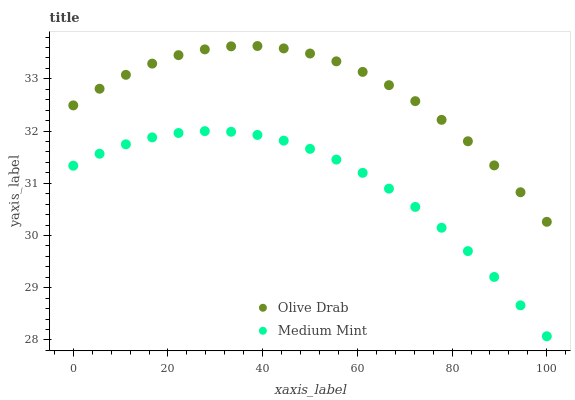
| xaxis_label | Olive Drab | Medium Mint |
 | --- | --- | --- |
 | 0 | 32.5 | 31.3 |
 | 5.56 | 32.8 | 31.6 |
 | 11.1 | 33.1 | 31.7 |
 | 16.7 | 33.3 | 31.9 |
 | 22.2 | 33.5 | 32 |
 | 27.8 | 33.6 | 32 |
 | 33.3 | 33.6 | 32 |
 | 38.9 | 33.6 | 31.9 |
 | 44.4 | 33.6 | 31.8 |
 | 50 | 33.5 | 31.7 |
 | 55.6 | 33.3 | 31.5 |
 | 61.1 | 33.1 | 31.2 |
 | 66.7 | 32.9 | 30.9 |
 | 72.2 | 32.6 | 30.5 |
 | 77.8 | 32.2 | 30.1 |
 | 83.3 | 31.8 | 29.7 |
 | 88.9 | 31.3 | 29.2 |
 | 94.4 | 30.8 | 28.7 |
 | 100 | 30.3 | 28.1 |